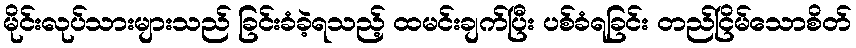
မိုင်းလုပ်သားများသည် ခြင်းခံခဲ့ရသည့် ထမင်းချက်ပြီး ပစ်ခံရခြင်း တည်ငြိမ်သောစိတ်